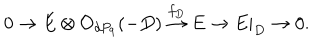
0 \rightarrow E \otimes { \cal O } _ { d P _ { 9 } } ( - D ) \stackrel { f _ { D } } { \rightarrow } E \rightarrow E | _ { D } \rightarrow 0 .